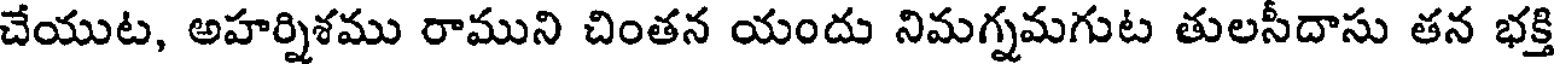
చేయుట, అహర్నిశము రాముని చింతన యందు నిమగ్నమగుట తులసీదాసు తన భక్తి